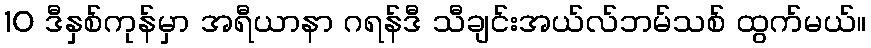
10 ဒီနှစ်ကုန်မှာ အရီယာနာ ဂရန်ဒီ သီချင်းအယ်လ်ဘမ်သစ် ထွက်မယ်။